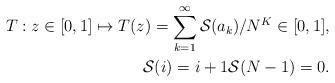
LaTeX: \begin{align*}T:z\in[0,1]\mapsto T(z) = \sum^{\infty}_{k=1} \mathcal{S}(a_k)/N^K \in [0,1], \\ \mathcal{S}(i) = i+1 \mathcal{S}(N-1) = 0. \end{align*}